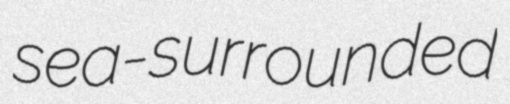
sea-surrounded